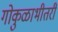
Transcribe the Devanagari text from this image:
गोकुळाभीतरीं